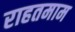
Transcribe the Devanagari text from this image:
राहतमाम